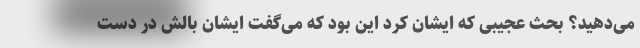
می‌دهید؟ بحث عجیبی که ایشان کرد این بود که می‌گفت ایشان بالش در دست